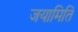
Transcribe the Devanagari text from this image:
जयामिति